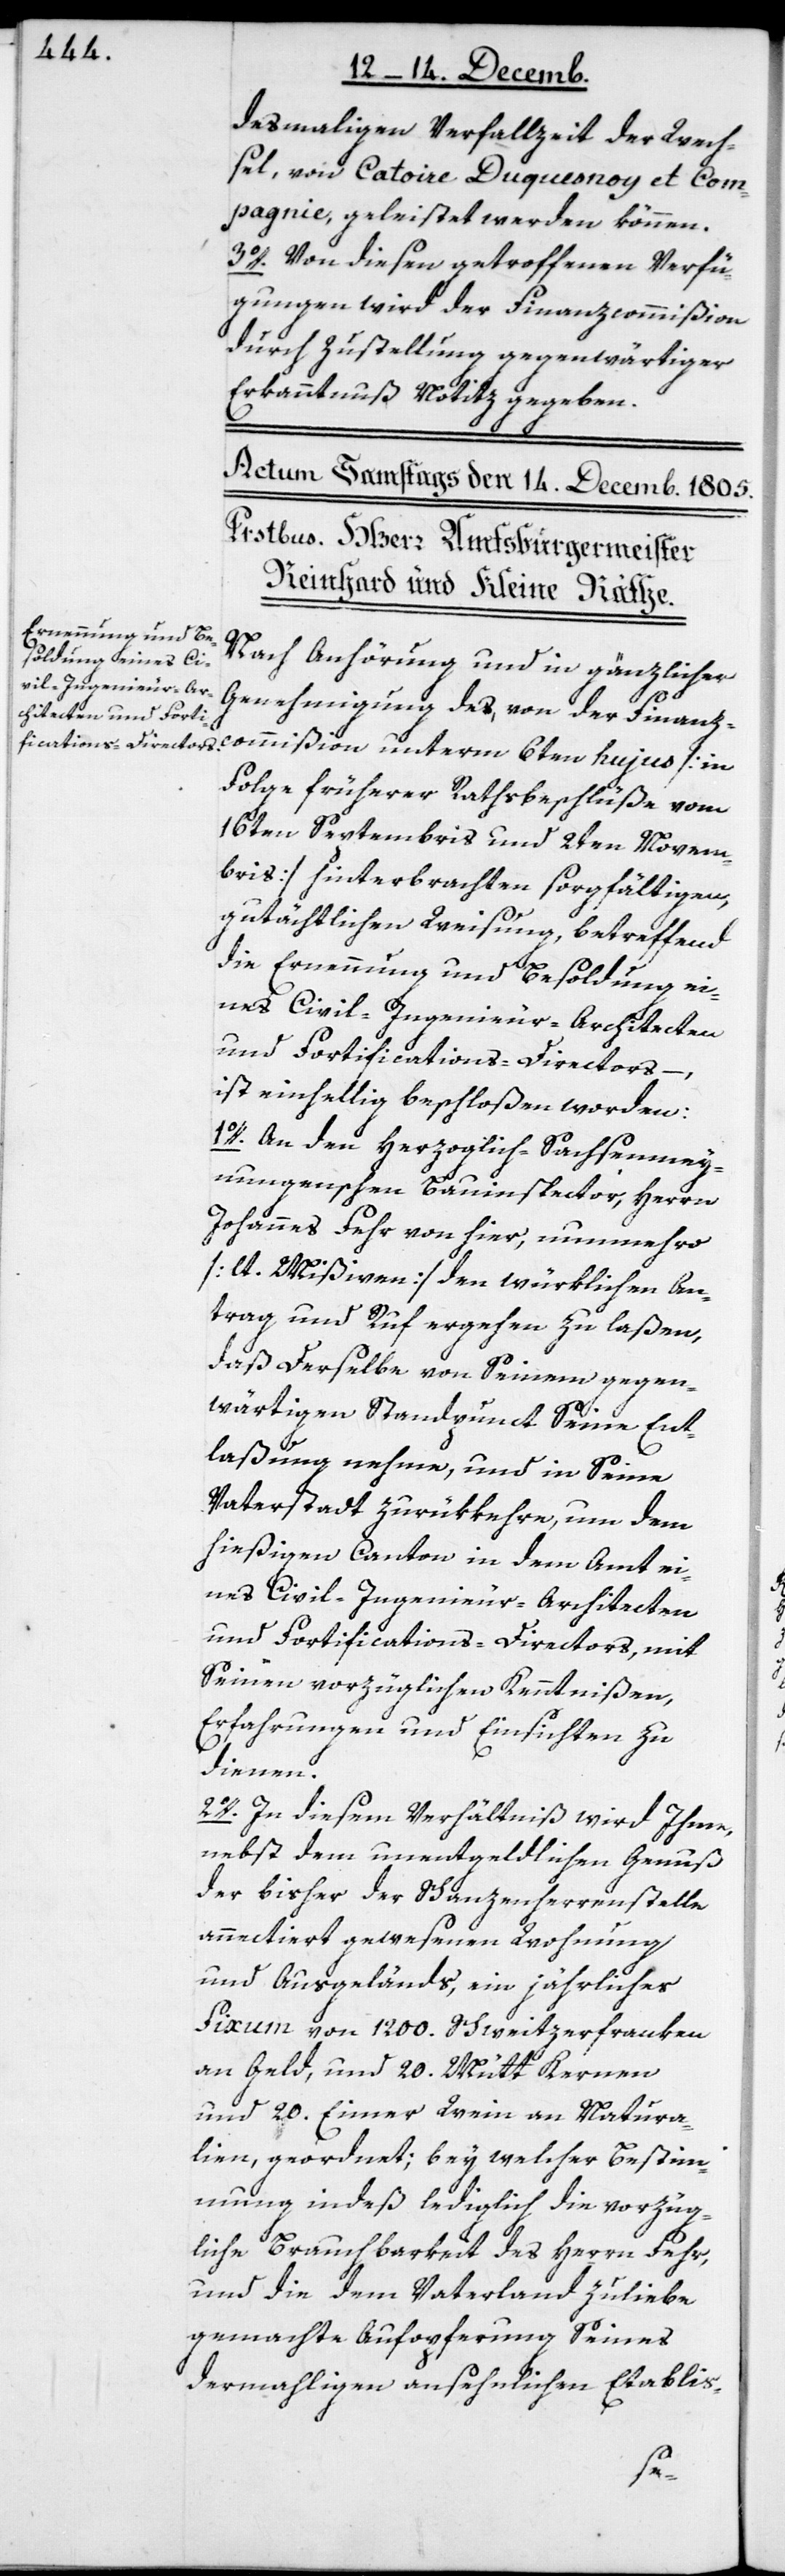
desmaligen Verfallzeit der Wech¬
sel, von Catoire Duquesnoy et Com¬
pagnie, geleistet werden können.
3o. Von diesen getroffenen Verfü¬
gungen wird der Finanzcommißion
durch Zustellung gegenwärtiger
Erkanntnuß Notiz gegeben.
Nach Anhörung und in gänzlicher
Genehmigung des, von der Finanz¬
commißion unterm 6ten hujus [in
Folge früherer Rathsbeschlüße vom
16ten Septembris und 2ten Novem¬
bris] hinterbrachten sorgfältigen
gutächtlichen Weisung, betreffend
die Ernennung und Besoldung ei¬
nes Civil-Ingenieur-Architecten
und Fortifications-Directors,
ist einhellig beschloßen worden:
1. An den Herzoglich-Sachsenmey¬
nungenschen Bauinspector, Herrn
Johannes Fehr von hier, nunmehro
[lt. Mißiven] den würklichen An¬
trag und Ruf ergehen zu laßen,
daß Derselbe von Seinem gegen¬
wärtigen Standpunct Seine Ent¬
laßung nehme, und in Seine
Vaterstadt zurükkehre, um dem
hießigen Canton in dem Amt ei¬
nes Civil-Ingenieur-Architecten
und Fortifications-Directors, mit
Seinen vorzüglichen Kenntnißen,
Erfahrungen und Einsichten zu
dienen.
2o. In diesem Verhältniß wird Ihme,
nebst dem unentgeldlichen Genuß
der bisher der Schanzenherrenstelle
annectiert gewesenen Wohnung
und Ausgeländs, ein jährliches
Fixum von 1200. Schweitzerfranken
an Geld, und 20. Mütt Kernen
und 20. Eimer Wein an Natura¬
lien, geordnet; bey welcher Bestim¬
mung indeß lediglich die vorzüg¬
liche Brauchbarkeit des Herrn Fehr,
und die dem Vaterland zuliebe
gemachte Aufopferung Seines
dermahligen ansehnlichen Etablis-